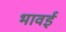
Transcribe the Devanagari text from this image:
भावई